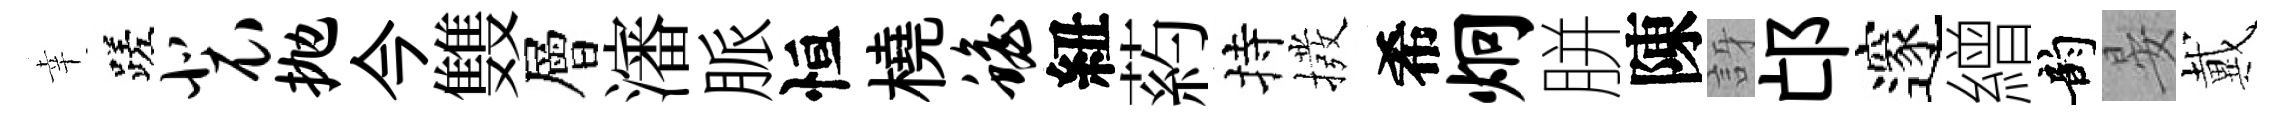
幸蹉裴抛今䨇層瀋脈恒橈蟾紐葯持撥希炯胼陳訝邙邃繒韵晏戴